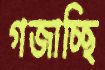
গজাচ্ছি